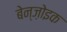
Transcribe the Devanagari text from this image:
बेन्ज़ोइक